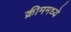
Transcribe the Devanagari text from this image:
क्रीममध्ये